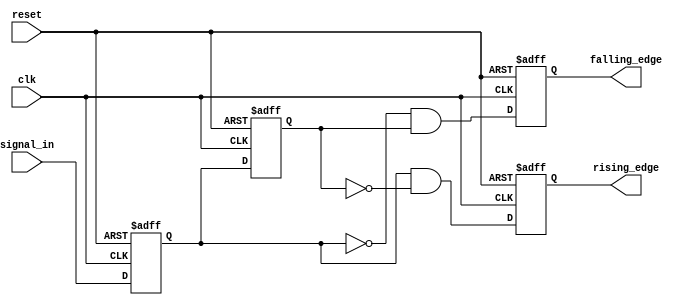
module glitch_free_edge_detector (
    input wire clk,              // Clock signal
    input wire reset,            // Asynchronous reset signal
    input wire signal_in,        // Input signal to monitor
    output reg rising_edge,      // Output signal for rising edge detection
    output reg falling_edge      // Output signal for falling edge detection
);

    reg current_state;           // Holds the value of the input signal in the current clock cycle
    reg prev_state;              // Holds the value of the input signal from the previous clock cycle

    // Sequential logic for state updates and edge detection
    always @(posedge clk or posedge reset) begin
        if (reset) begin
            current_state <= 1'b0; // Initialize current state to 0 on reset
            prev_state <= 1'b0;    // Initialize previous state to 0 on reset
            rising_edge <= 1'b0;    // Reset rising edge output
            falling_edge <= 1'b0;   // Reset falling edge output
        end else begin
            // Update previous state to current state
            prev_state <= current_state;

            // Update current state with the input signal
            current_state <= signal_in;

            // Edge detection logic
            rising_edge <= (current_state && !prev_state);  // Rising edge detected
            falling_edge <= (!current_state && prev_state); // Falling edge detected
        end
    end

endmodule